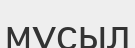
мұсыл